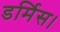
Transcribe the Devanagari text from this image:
डर्मिस।